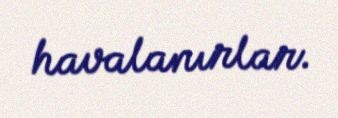
havalanırlar.